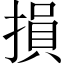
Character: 損